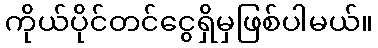
ကိုယ်ပိုင်တင်ငွေရှိမှဖြစ်ပါမယ်။